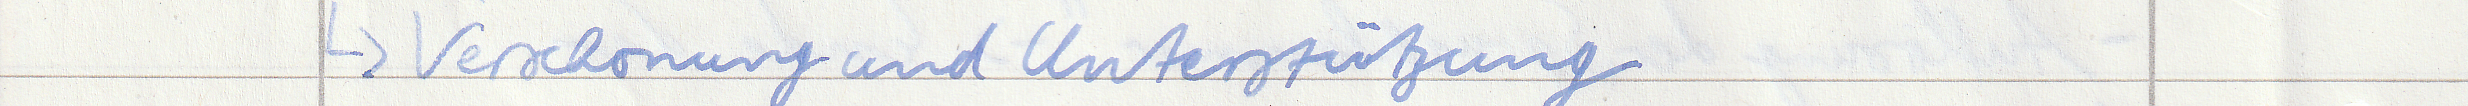
-> Verschonung und Unterstützung